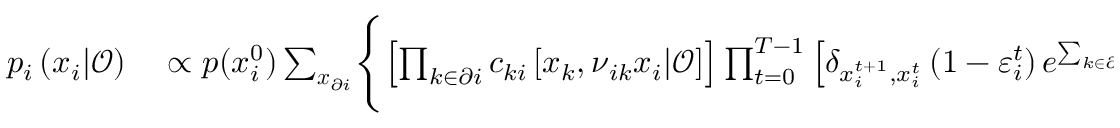
\begin{array} { r l } { p _ { i } \left( \boldsymbol { x } _ { i } | \boldsymbol { \mathcal { O } } \right) } & { { } \propto p ( x _ { i } ^ { 0 } ) \sum _ { \boldsymbol { x } _ { \partial i } } \Biggl \{ \left[ \prod _ { k \in \partial i } c _ { k i } \left[ \boldsymbol { x } _ { k } , \boldsymbol { \nu } _ { i k } \boldsymbol { x } _ { i } | \boldsymbol { \mathcal { O } } \right] \right] \prod _ { t = 0 } ^ { T - 1 } \left[ \delta _ { x _ { i } ^ { t + 1 } , x _ { i } ^ { t } } \left( 1 - \varepsilon _ { i } ^ { t } \right) e ^ { \sum _ { k \in \partial i } \nu _ { k i } ^ { t } x _ { k } ^ { t } } \right. } \end{array}